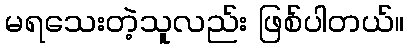
မရသေးတဲ့သူလည်း ဖြစ်ပါတယ်။